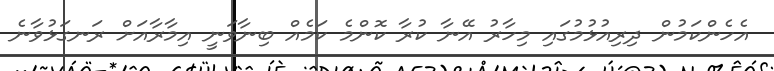
އެހެންކަމުން ދިރިއުޅުމުގައި މިހާރު އޭނާ ކުރާ ކޮންމެ ކަމެއް ބިނާވަނީ އިމާރާއަށް ރަނގަޅުވާނެ